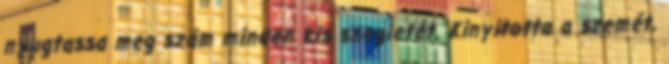
nyugtassa meg szám minden kis szegletét. Kinyitotta a szemét,